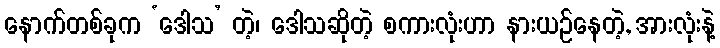
နောက်တစ်ခုက ‘ဒေါသ’ တဲ့၊ ဒေါသဆိုတဲ့ စကားလုံးဟာ နားယဉ်နေတဲ့, အားလုံးနဲ့